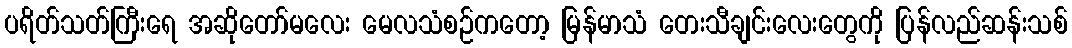
ပရိတ်သတ်ကြီးရေ အဆိုတော်မလေး မေလသံစဉ်ကတော့ မြန်မာသံ တေးသီချင်းလေးတွေကို ပြန်လည်ဆန်းသစ်